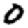
Digit: 0